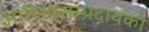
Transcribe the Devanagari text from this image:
आदित्यसम्प्रदायका